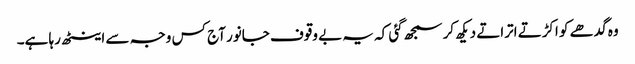
وہ گدھے کو اکڑتے اتراتے دیکھ کر سمجھ گئی کہ یہ بے وقوف جانور آج کس وجہ سے اینٹھ رہا ہے۔